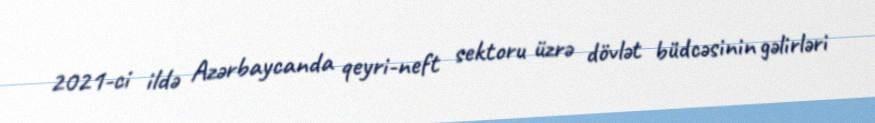
2021-ci ildə Azərbaycanda qeyri-neft sektoru üzrə dövlət büdcəsinin gəlirləri